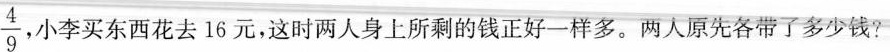
\frac{4}{9}，小李买东西花去16元，这时两人身上所剩的钱正好一样多。两人原先各带了多少钱?